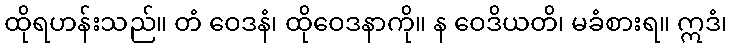
ထိုရဟန်းသည်။ တံ ဝေဒနံ၊ ထိုဝေဒနာကို။ န ဝေဒိယတိ၊ မခံစားရ။ ဣဒံ၊